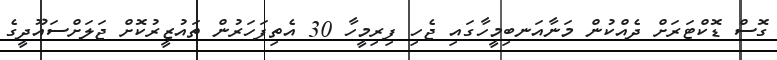
ގޮސް ޑޮކްޓަރަށް ދެއްކުން މަނާއަނބިމީހާގައި ޖެހި ފިރިމީހާ 30 އެތިފަހަރުން ތައުޒީރުކޮށް ޖަލަށްސައޫދީގެ